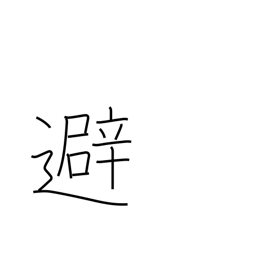
Meaning: avoid